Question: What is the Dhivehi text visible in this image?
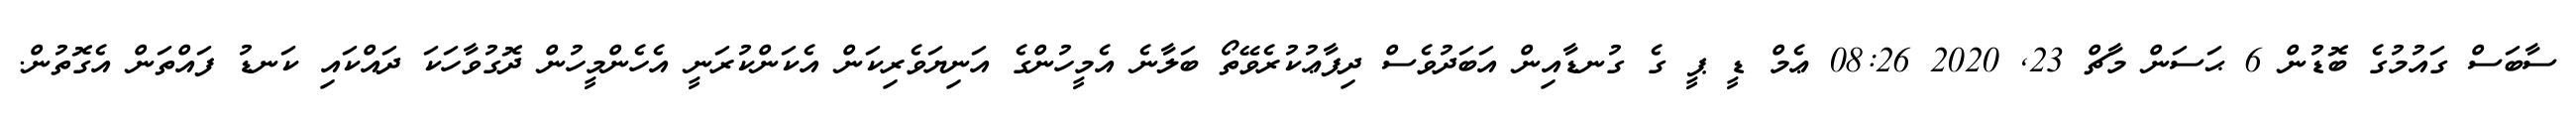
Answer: ސާބަސް ގައުމުގެ ބޮޑުން 6 ޙަސަން މާޗް 23, 2020 08:26 ޢެމް ޑީ ޕީ ގެ ގުނޑާއިން އަބަދުވެސް ދިފާޢުކުރެވޭތޯ ބަލާނެ އެމީހުންގެ އަނިޔަވެރިކަން އެކަންކުރަނީ އެހެންމީހުން ދޮގުވާހަކަ ދައްކައި ކަނޑު ފައްތަން އެގޮތުން.